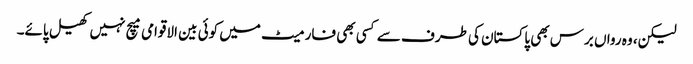
لیکن، وہ رواں برس بھی پاکستان کی طرف سے کسی بھی فارمیٹ میں کوئی بین الاقوامی میچ نہیں کھیل پائے۔